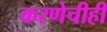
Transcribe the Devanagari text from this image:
करणेचीही